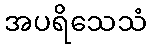
အပရိသေသံ